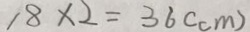
1 8 \times 2 = 3 6 ( c m )